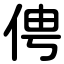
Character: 俜